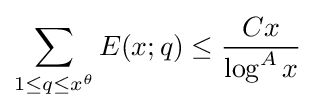
\sum _{1\leq q\leq x^{\theta }}E(x;q)\leq {\frac {Cx}{\log ^{A}x}}